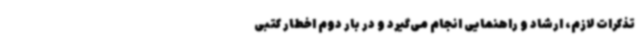
تذکرات لازم، ارشاد و راهنمایی انجام می‌گیرد و در بار دوم اخطار کتبی